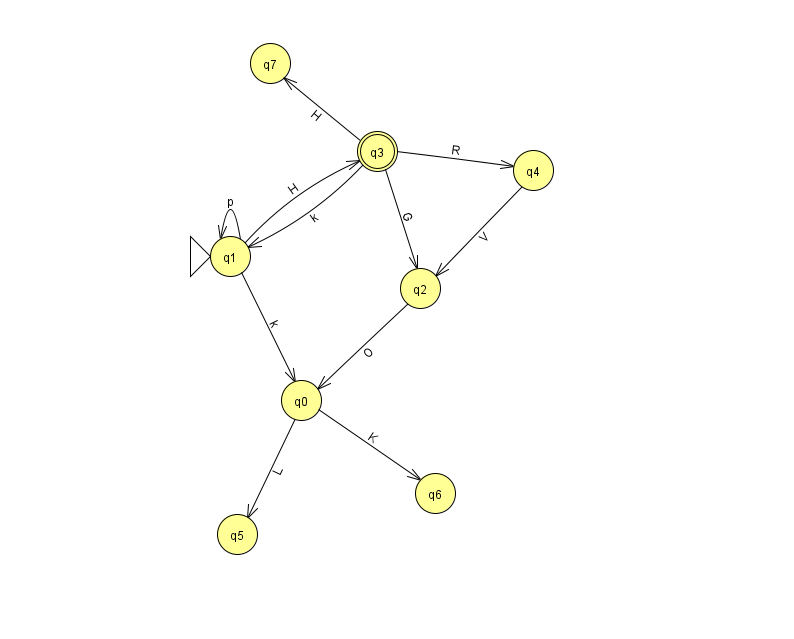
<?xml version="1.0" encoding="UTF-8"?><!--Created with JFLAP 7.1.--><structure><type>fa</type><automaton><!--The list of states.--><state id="0" name="q0"><x>301.0</x><y>387.0</y></state><state id="1" name="q1"><x>230.0</x><y>243.0</y><initial/></state><state id="2" name="q2"><x>420.0</x><y>275.0</y></state><state id="3" name="q3"><x>377.0</x><y>138.0</y><final/></state><state id="4" name="q4"><x>533.0</x><y>157.0</y></state><state id="5" name="q5"><x>237.0</x><y>521.0</y></state><state id="6" name="q6"><x>435.0</x><y>480.0</y></state><state id="7" name="q7"><x>270.0</x><y>50.0</y></state><!--The list of transitions.--><transition><from>1</from><to>1</to><read>p</read></transition><transition><from>1</from><to>3</to><read>H</read></transition><transition><from>2</from><to>0</to><read>O</read></transition><transition><from>3</from><to>4</to><read>R</read></transition><transition><from>0</from><to>6</to><read>K</read></transition><transition><from>1</from><to>0</to><read>k</read></transition><transition><from>3</from><to>1</to><read>k</read></transition><transition><from>0</from><to>5</to><read>L</read></transition><transition><from>3</from><to>2</to><read>G</read></transition><transition><from>4</from><to>2</to><read>V</read></transition><transition><from>3</from><to>7</to><read>H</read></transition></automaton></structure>